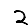
Digit: 2